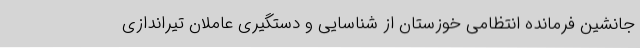
جانشین فرمانده انتظامی خوزستان از شناسایی و دستگیری عاملان تیراندازی